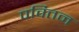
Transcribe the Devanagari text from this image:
पवितन